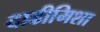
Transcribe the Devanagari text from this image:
दाढीमिशा